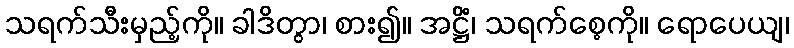
သရက်သီးမှည့်ကို။ ခါဒိတွာ၊ စား၍။ အဋ္ဌိံ၊ သရက်စေ့ကို။ ရောပေယျ၊